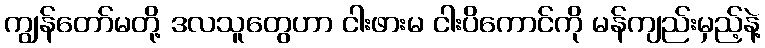
ကျွန်တော်မတို့ ဒလသူတွေဟာ ငါးဖားမ ငါးပိကောင်ကို မန်ကျည်းမှည့်နဲ့